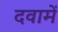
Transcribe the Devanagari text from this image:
दवामें